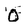
Character: O